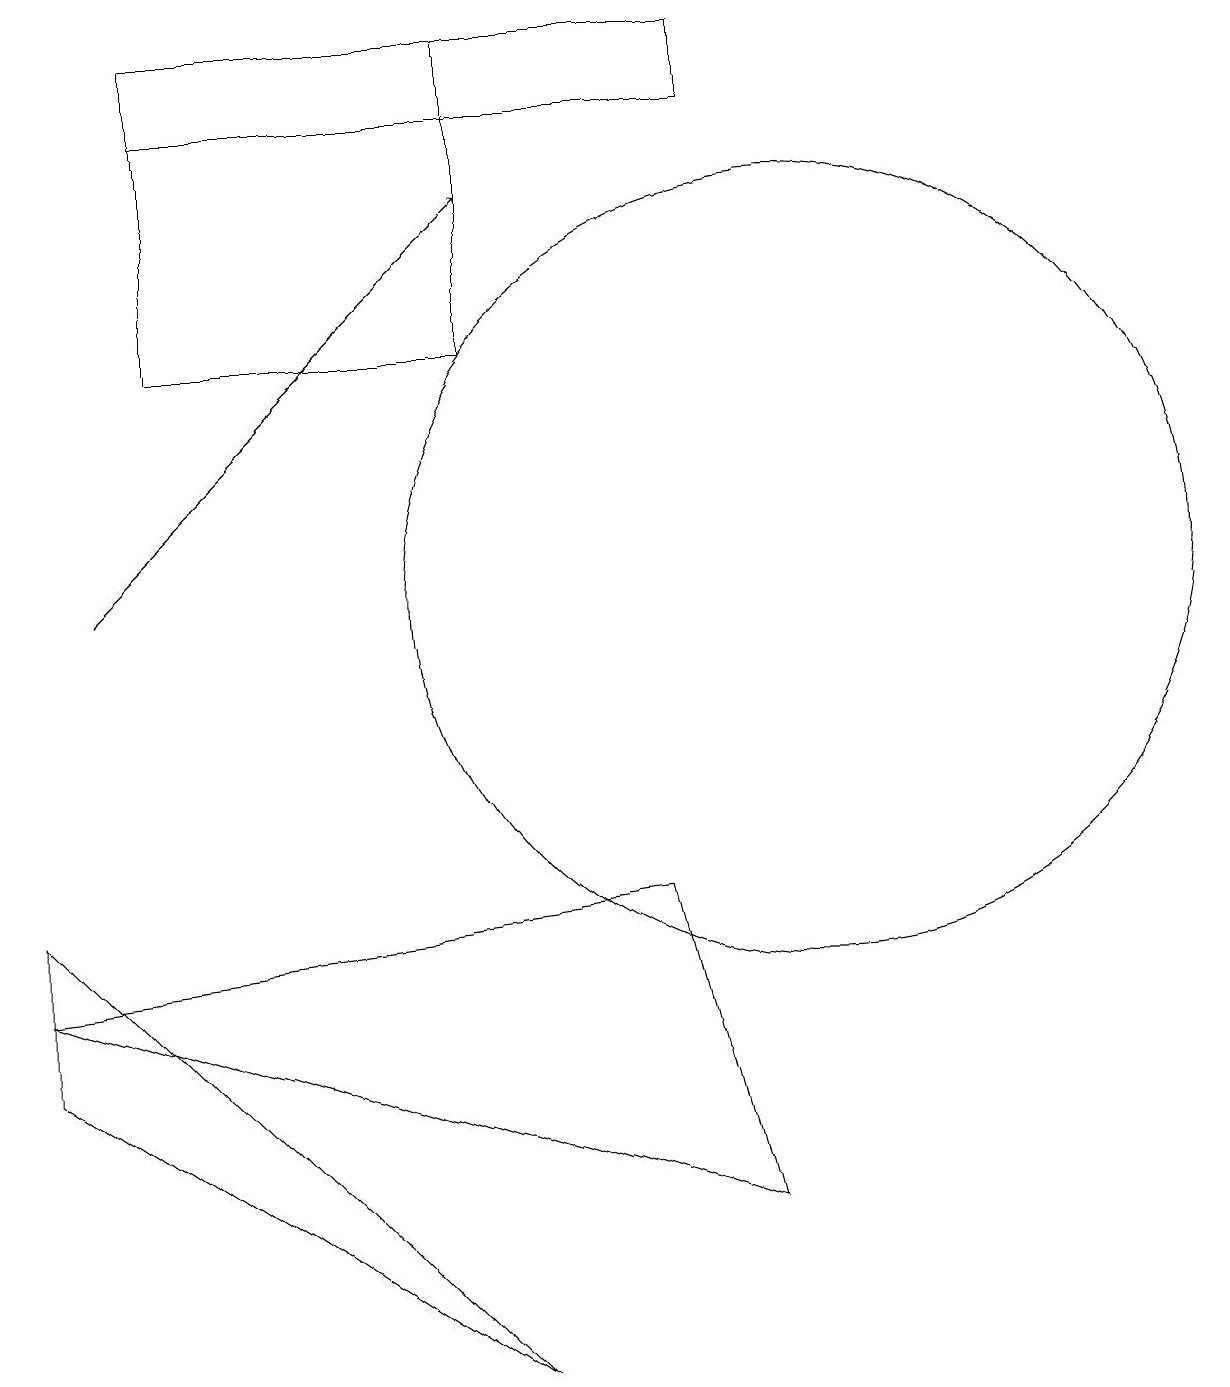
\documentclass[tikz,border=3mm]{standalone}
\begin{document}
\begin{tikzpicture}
\draw (2,17) rectangle (6,13);
\draw (0,6) -- (6,0) -- (0,4) -- cycle;
\draw (9,2) -- (8,6) -- (0,5) -- cycle;
\draw (9,17) rectangle (2,16);
\draw (10,10) circle (5);
\draw[->] (1,10) -- (6,15);
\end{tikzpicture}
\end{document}